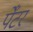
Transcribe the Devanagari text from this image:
पेँटर